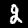
Digit: 2